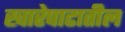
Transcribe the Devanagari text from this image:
खारेपाटातील